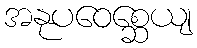
အနုပဝေစ္ဆေယျ